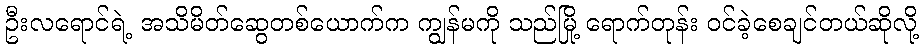
ဦးလရောင်ရဲ့ အသိမိတ်ဆွေတစ်ယောက်က ကျွန်မကို သည်မြို့ ရောက်တုန်း ဝင်ခဲ့စေချင်တယ်ဆိုလို့